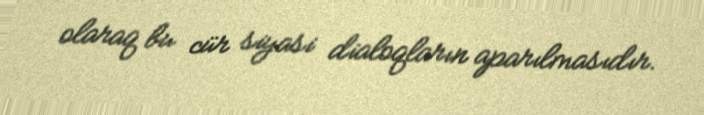
olaraq bu cür siyasi dialoqların aparılmasıdır.